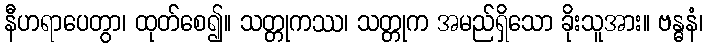
နီဟရာပေတွာ၊ ထုတ်စေ၍။ သတ္တုကဿ၊ သတ္တုက အမည်ရှိသော ခိုးသူအား။ ဗန္ဓနံ၊